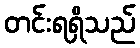
တင်းရရှိသည်